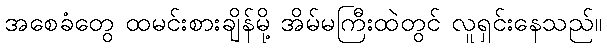
အစေခံတွေ ထမင်းစားချိန်မို့ အိမ်မကြီးထဲတွင် လူရှင်းနေသည်။